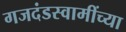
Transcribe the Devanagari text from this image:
गजदंडस्वामींच्या